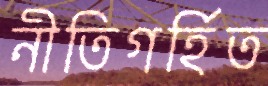
নীতিগর্হিত